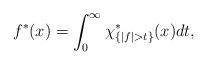
LaTeX: \begin{align*}f^*(x)=\int_{0}^{\infty}\chi_{\{|f|>t\}}^*(x)dt,\end{align*}